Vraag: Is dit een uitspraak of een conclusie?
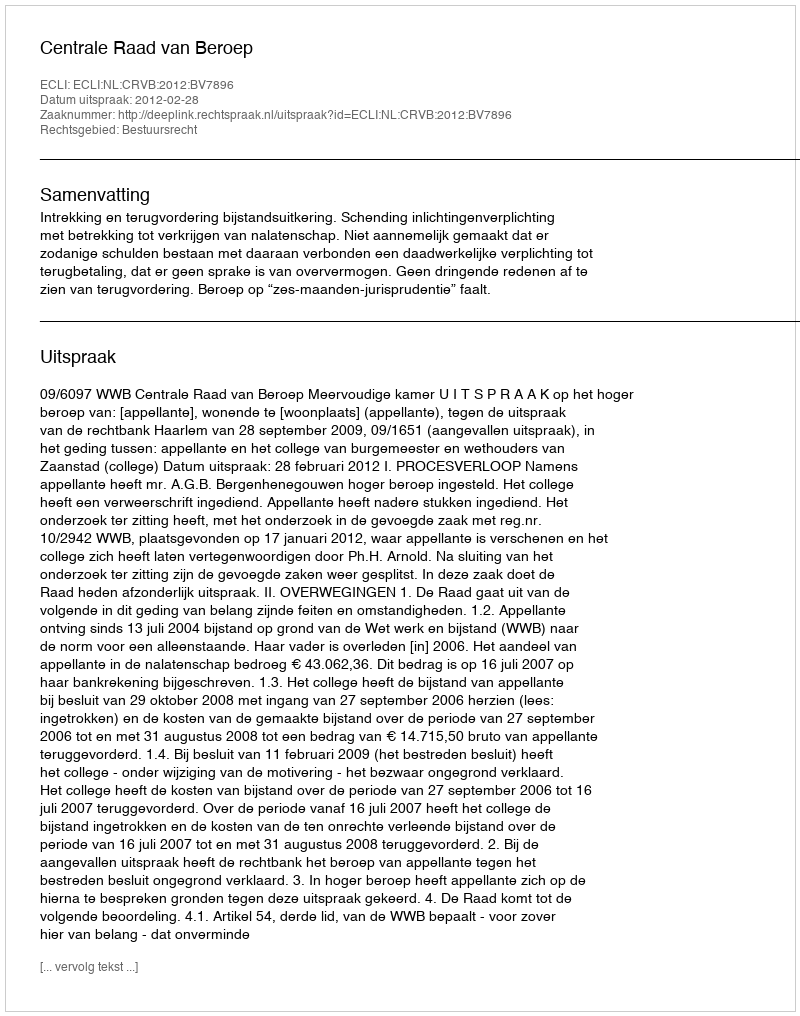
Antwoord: Uitspraak